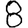
Digit: 8